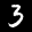
Label: 3